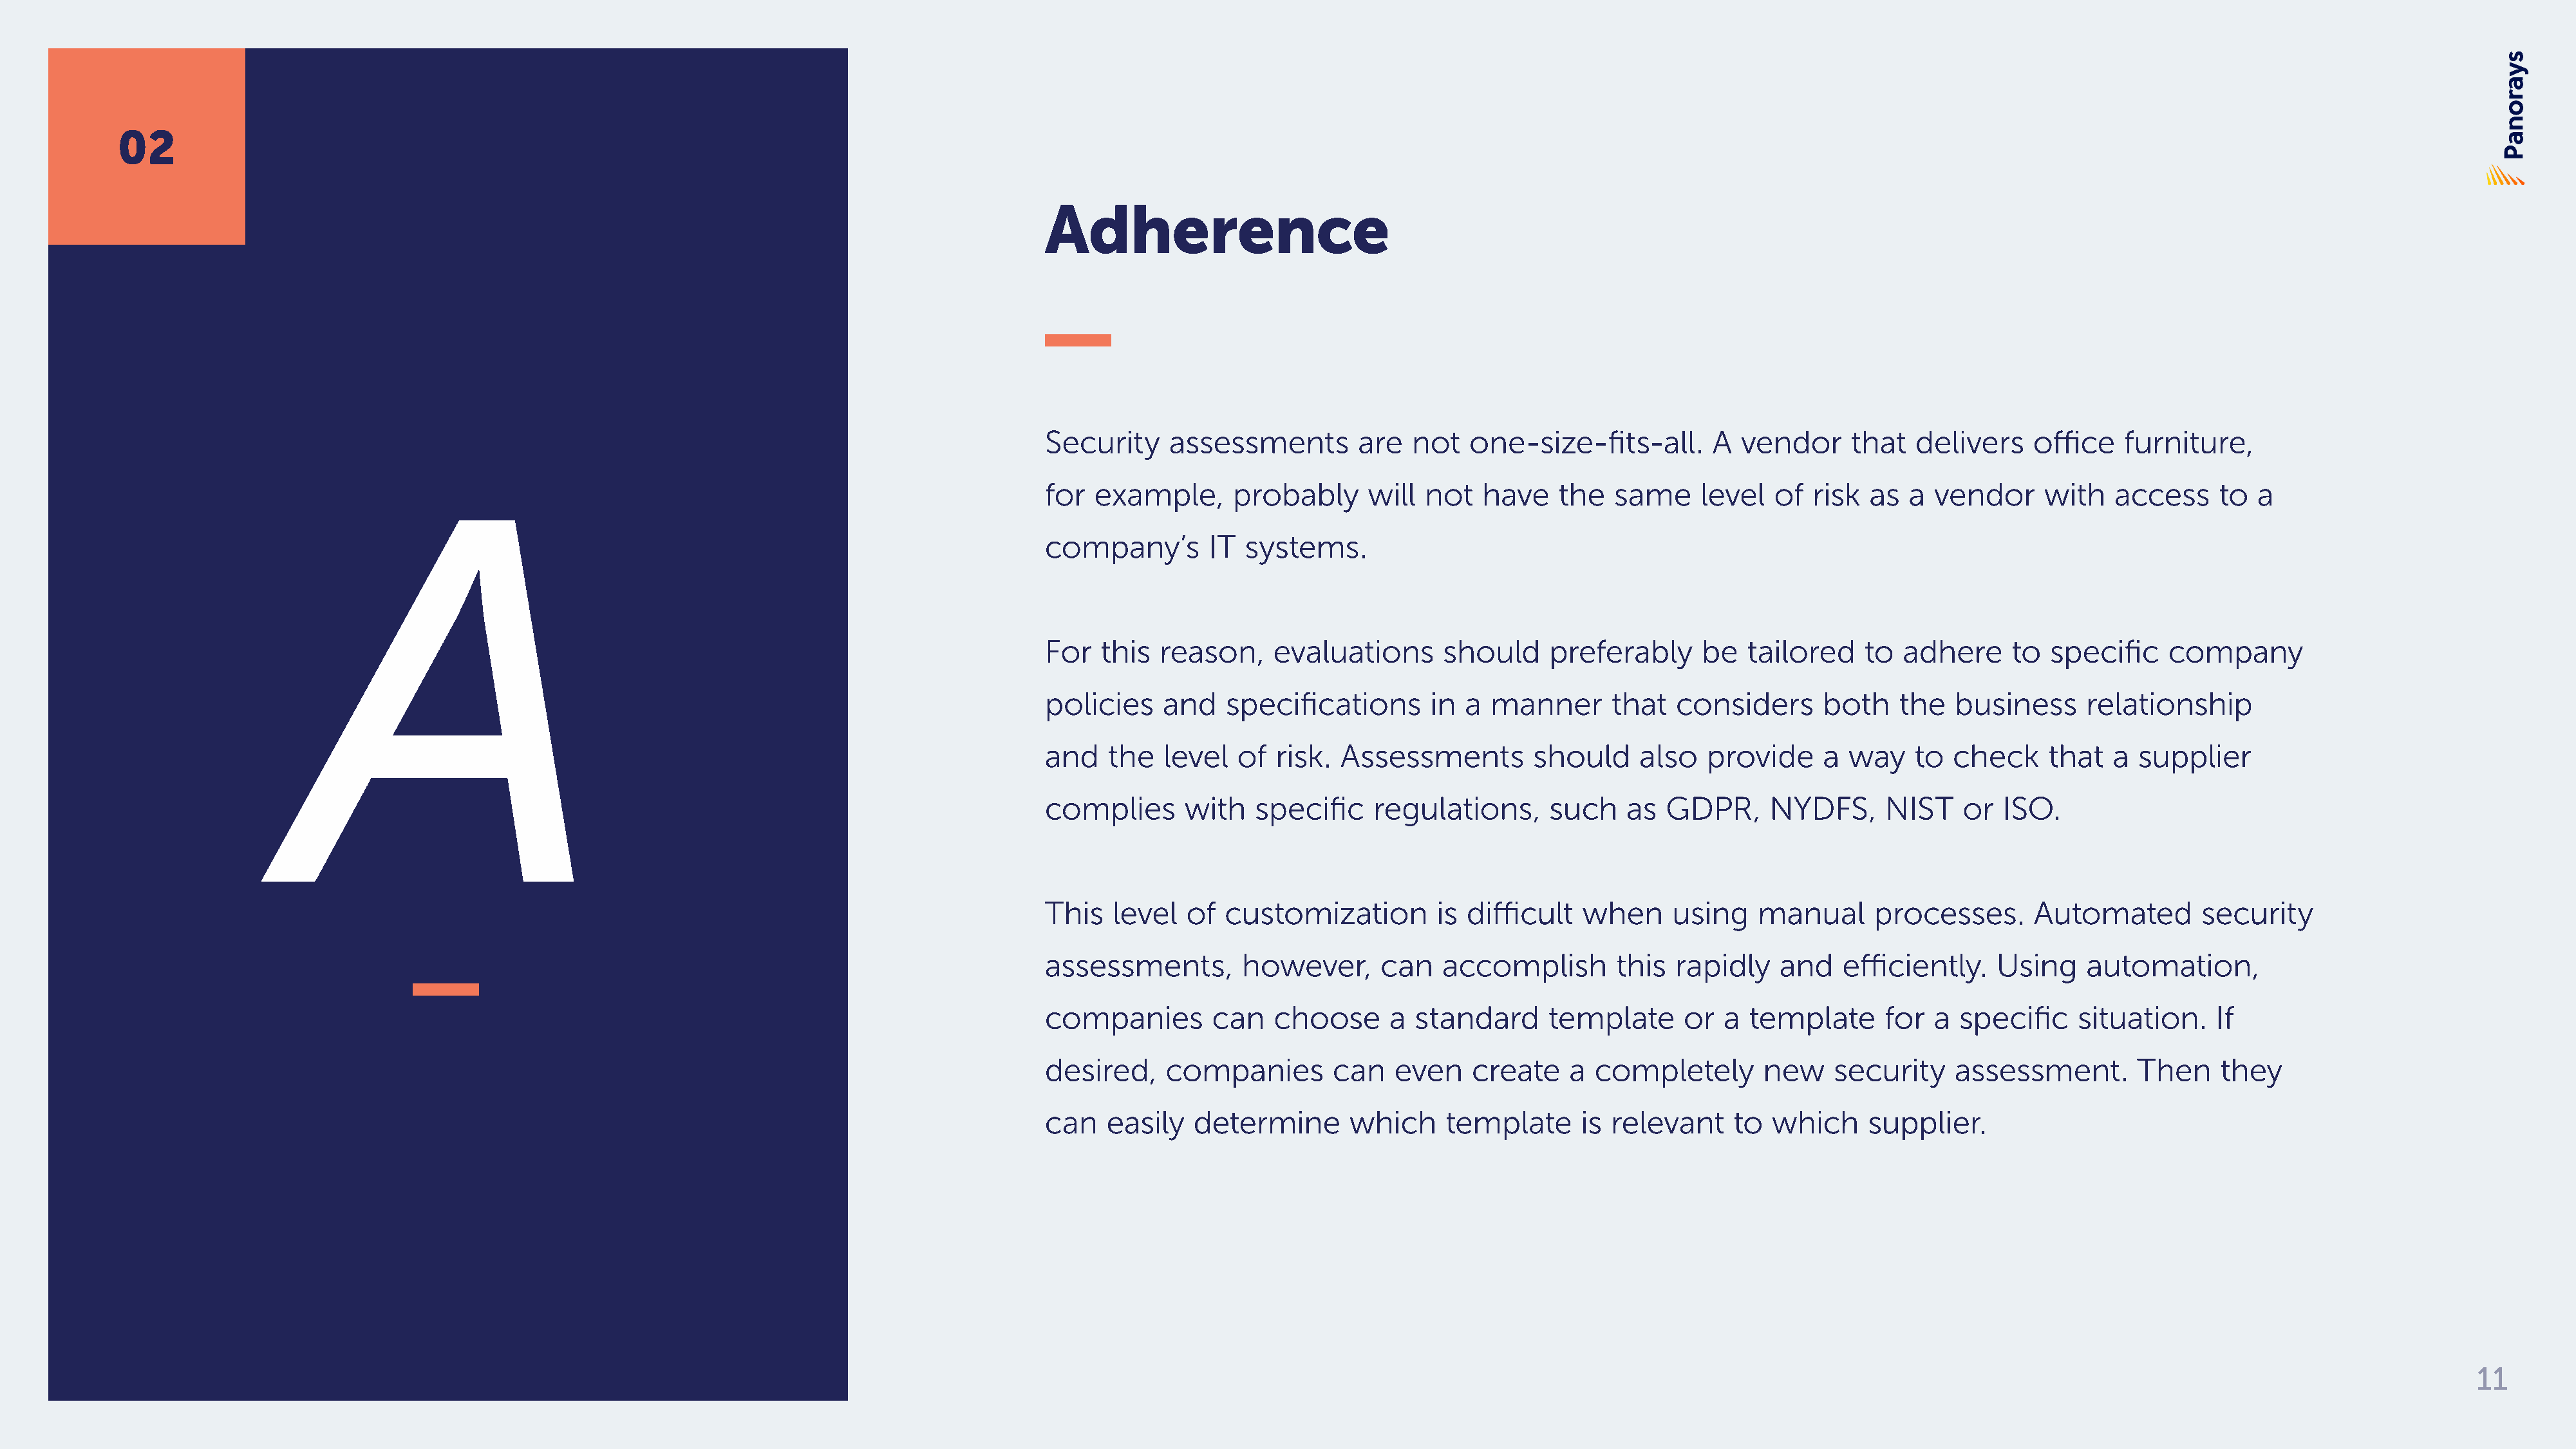
02
 Adherence
 Security     assessments         are  not   one-size-fits-all.       A  vendor     that   delivers    office   furniture,
 A                                                                             for  example,       probably      will not   have    the   same     level  of  risk  as  a  vendor     with   access     to  a
 company’s        IT  systems.
 For   this  reason,     evaluations      should     preferably      be   tailored    to  adhere     to  specific    company
 policies     and   specifications       in  a manner       that  considers      both    the   business     relationship
 and    the   level  of  risk.  Assessments         should     also  provide     a  way    to  check     that  a  supplier
 complies       with   specific    regulations,      such    as  GDPR,      NYDFS,      NIST    or  ISO.
 This   level   of  customization         is difficult   when     using    manual      processes.      Automated        security
 assessments,         however,      can   accomplish        this  rapidly    and   efficiently.    Using    automation,
 companies         can   choose      a standard      template      or  a  template      for  a specific     situation.    If
 desired,     companies        can   even    create    a  completely       new     security    assessment.        Then    they
 can    easily   determine       which     template      is relevant    to  which     supplier.
 11